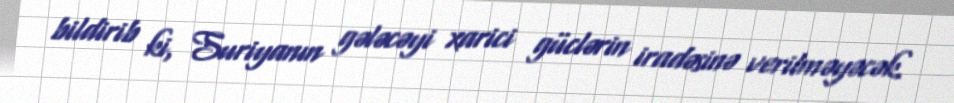
bildirib ki, Suriyanın gələcəyi xarici güclərin iradəsinə verilməyəcək.